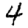
Digit: 4